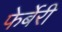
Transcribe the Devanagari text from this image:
फेर्बेरी